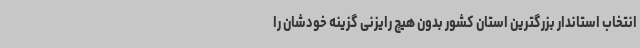
انتخاب استاندار بزرگترین استان کشور بدون هیچ رایزنی گزینه خودشان را